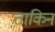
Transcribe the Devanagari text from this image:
ताकिन